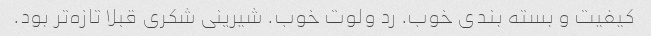
کیفیت و بسته بندی خوب. رد ولوت خوب. شیرینی شکری قبلا تازه‌تر بود‌.